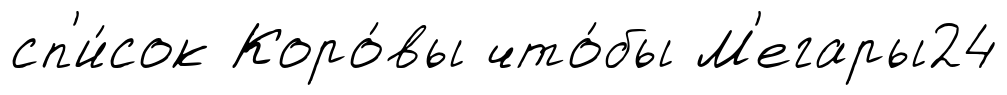
сп'и́сок Коро́вы что́бы М'егары24